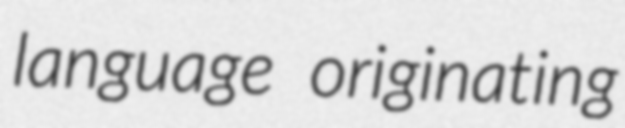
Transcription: language originating